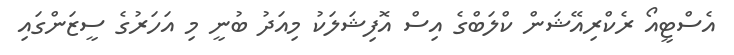
އެސްޓީއޯ ރެކްރިއޭޝަން ކްލަބްގެ އިސް އޮފިޝަލަކު މިއަދު ބުނީ މި އަހަރުގެ ސީޒަންގައި